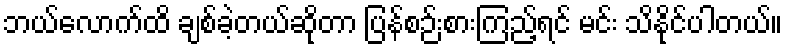
ဘယ်လောက်ထိ ချစ်ခဲ့တယ်ဆိုတာ ပြန်စဉ်းစားကြည့်ရင် မင်း သိနိုင်ပါတယ်။